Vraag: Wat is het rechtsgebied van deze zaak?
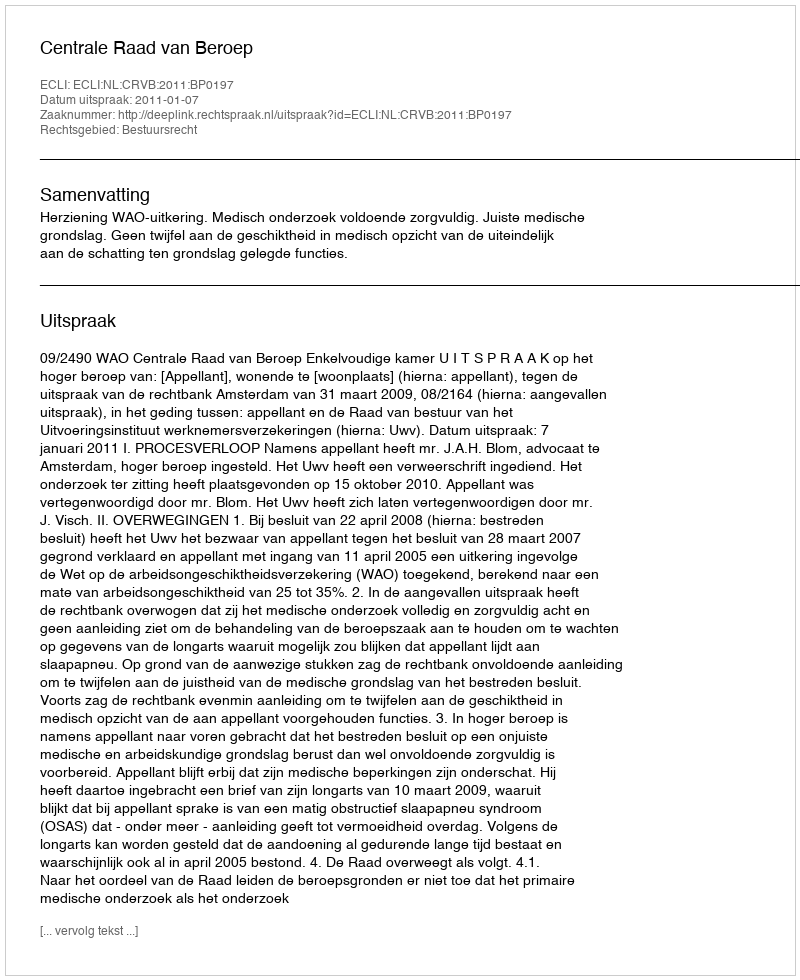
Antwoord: Bestuursrecht